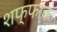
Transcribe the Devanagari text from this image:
शफ्फाक